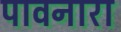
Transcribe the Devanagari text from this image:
पावनारा